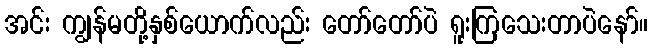
အင်း ကျွန်မတို့နှစ်ယောက်လည်း တော်တော်ပဲ ရူးကြသေးတာပဲနော်။